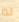
لذا